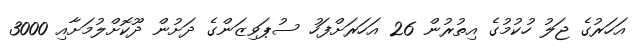
އަހަރުގެ ޖަލު ހުކުމުގެ އިތުރުން 26 އަހަރަށްފަހު ސުޕަވިޒަންގެ ދަށުން ދޫކޮށްލުމަށާއި 3000